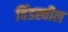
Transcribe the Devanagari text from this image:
विंडह्वील